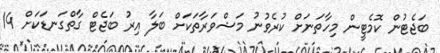
ބަޖެޓުން ކޮމެޓީން މިހާތަނަށް ކުރެވުނު މަޝްވަރާތަކަށް ބަލާ އިރު ބަޖެޓް ގާތްގަނޑަކަށް 14